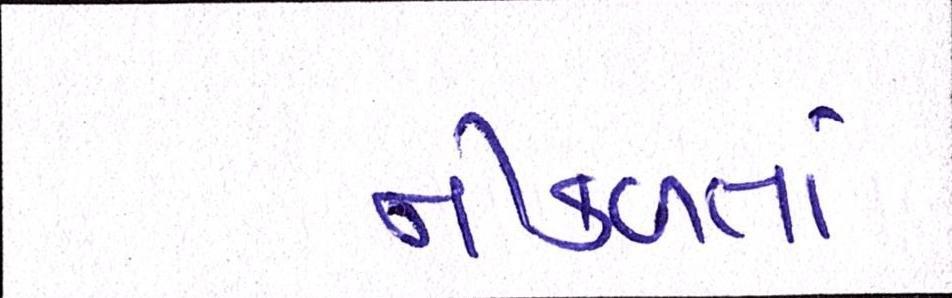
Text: નીળક્તાં